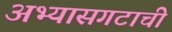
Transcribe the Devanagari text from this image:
अभ्यासगटाची